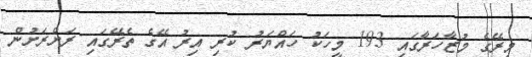
މިރޭގެ މުޒާހަރާގައި 193 މީހަކު ހައްޔަރު ކުރި އިރު އޭގެ ތެރޭގައި ރަށްރަށުން